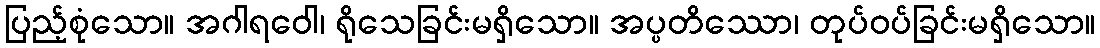
ပြည့်စုံသော။ အဂါရဝေါ၊ ရိုသေခြင်းမရှိသော။ အပ္ပတိဿော၊ တုပ်ဝပ်ခြင်းမရှိသော။